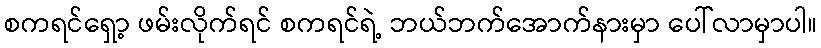
စကရင်ရှော့ ဖမ်းလိုက်ရင် စကရင်ရဲ့ ဘယ်ဘက်အောက်နားမှာ ပေါ်လာမှာပါ။